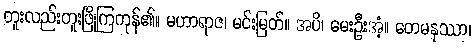
တူးလည်းတူးဖြိုကြကုန်၏။ မဟာရာဇ၊ မင်းမြတ်။ အပိ၊ မေးဦးအံ့။ တေမနုဿာ၊